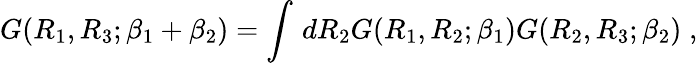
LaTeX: G(R_{1},R_{3};\beta_{1}+\beta_{2})=\int\, dR_{2}G(R_{1},R_{2};\beta_{1})G(R_{2},R_{3};\beta_{2})\; ,